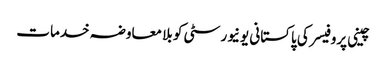
چینی پروفیسر کی پاکستانی یونیورسٹی کو بلا معاوضہ خدمات